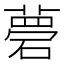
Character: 𥕗